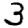
Digit: 3